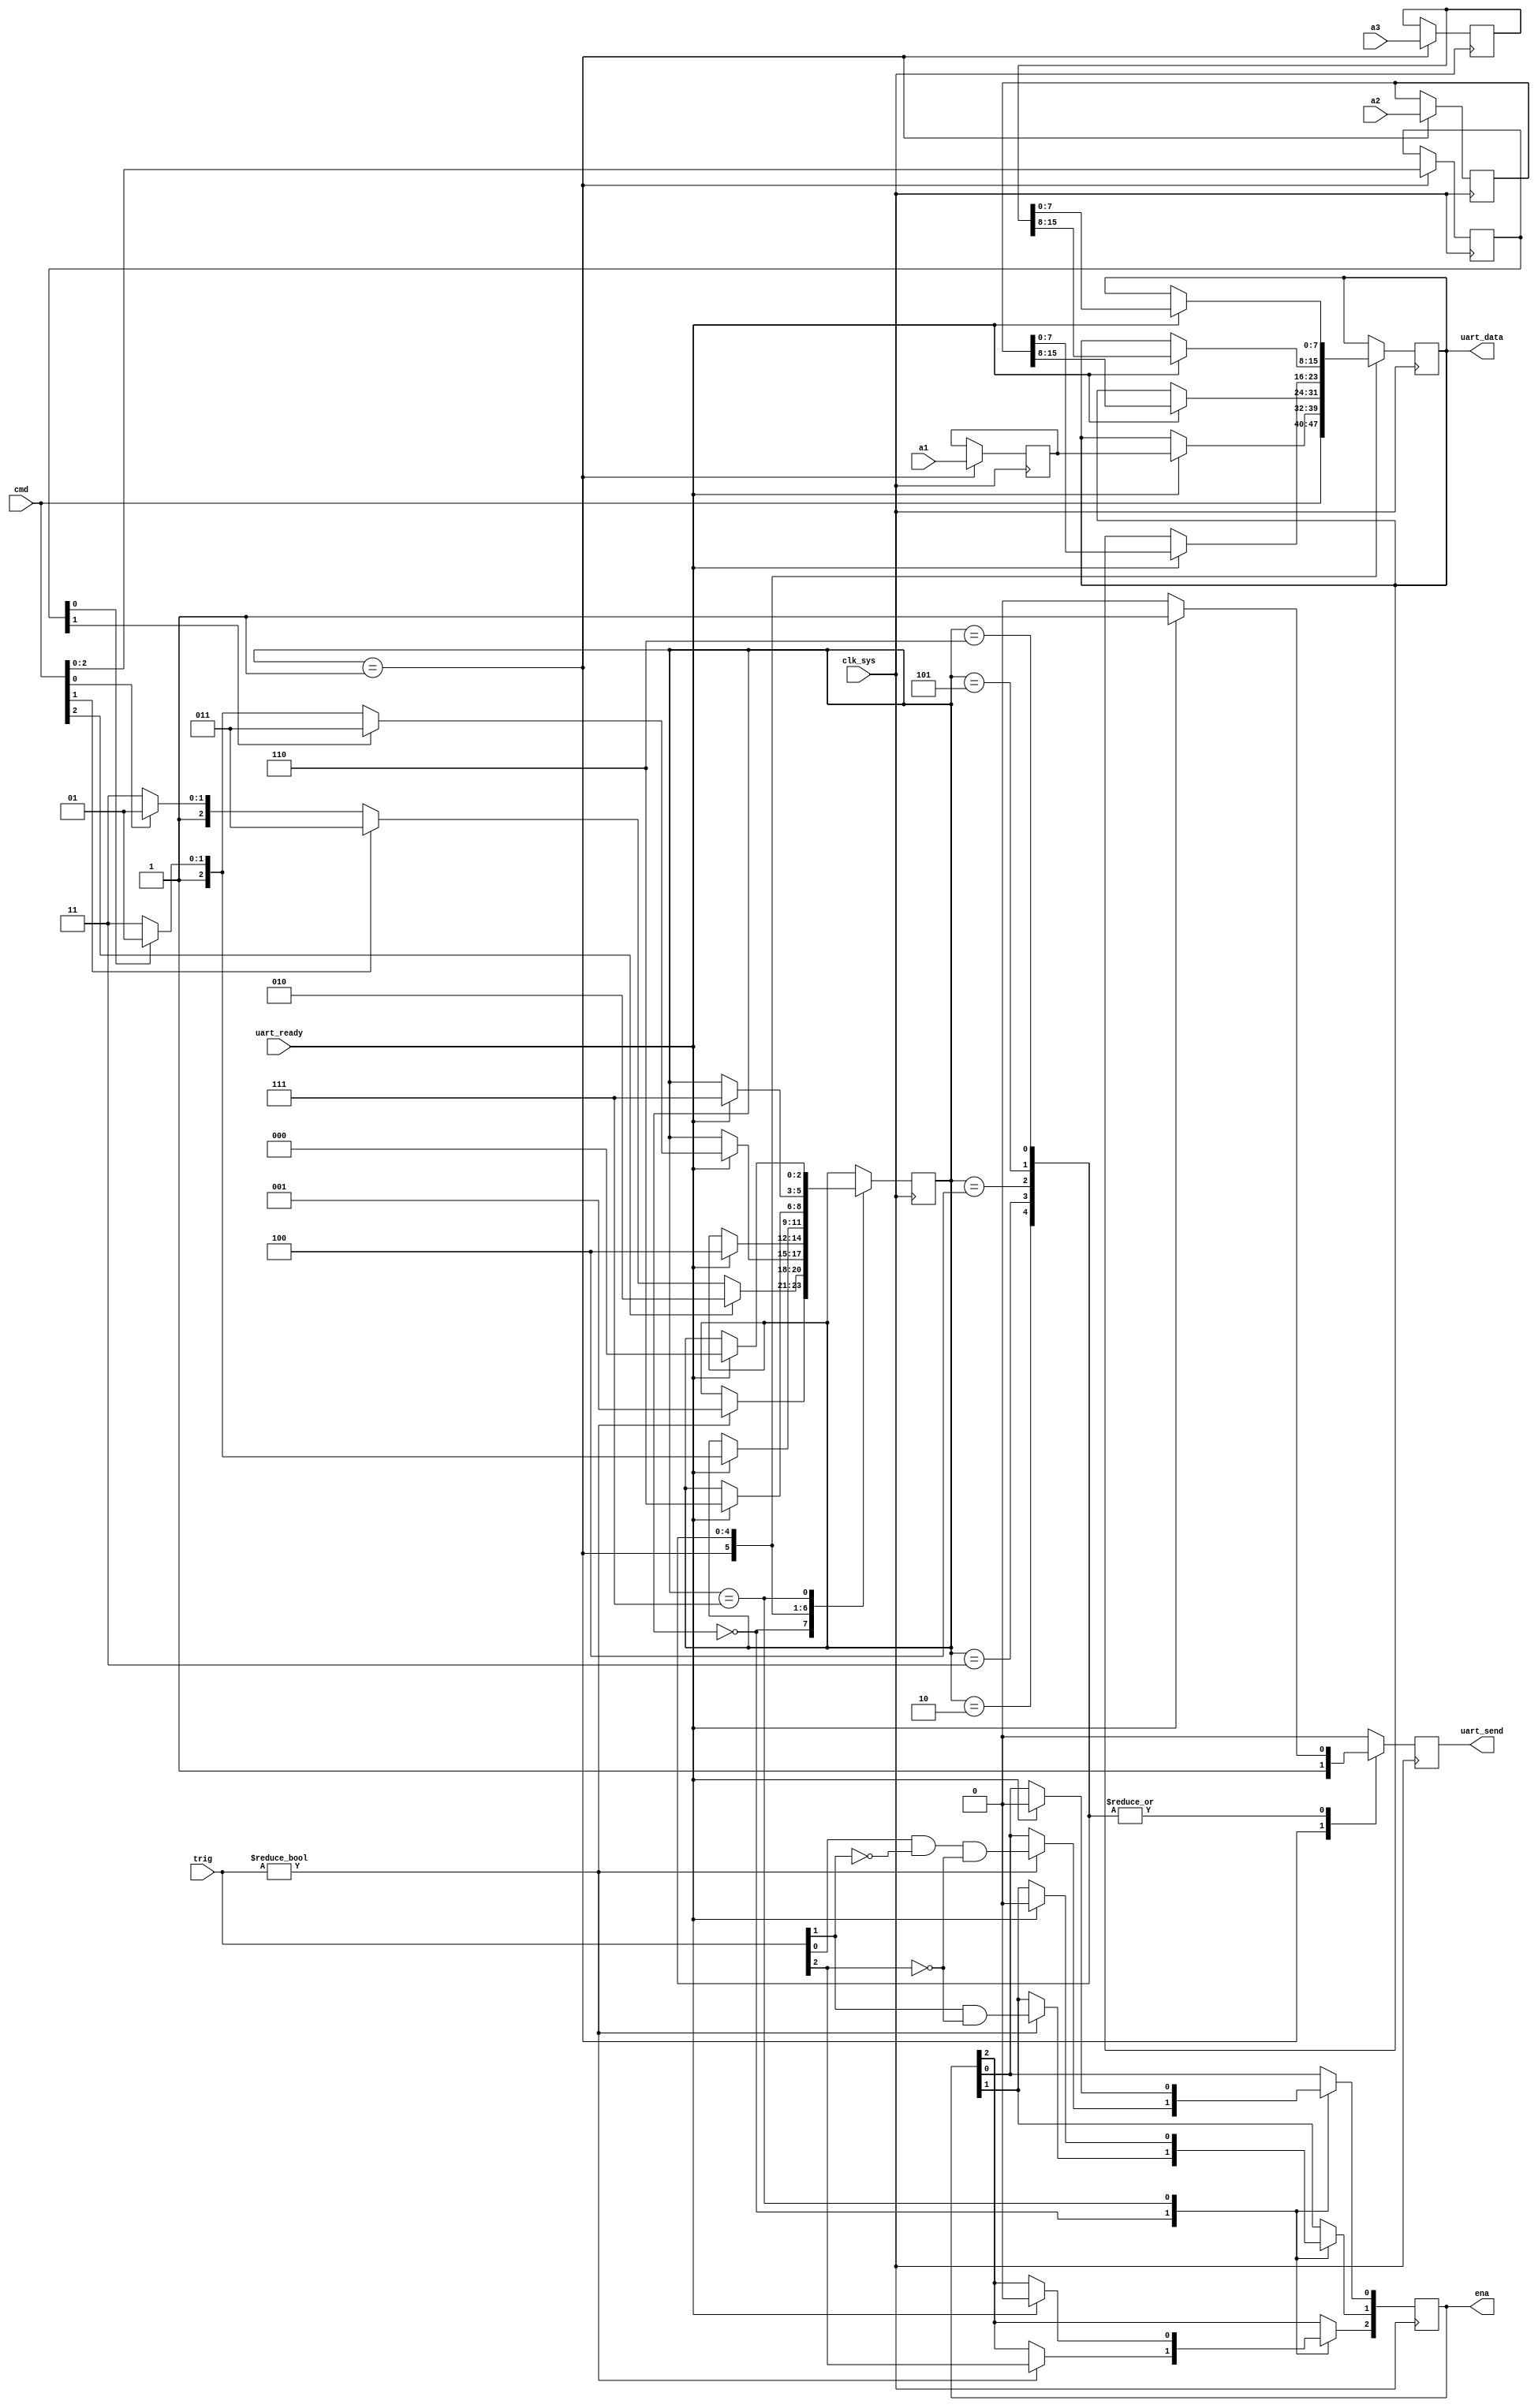
module msg_tx(

	input clk_sys,

	output [0:7] uart_data,
	output uart_send,
	input uart_ready,

	input [0:2] trig,
	output [0:2] ena,

	input [0:7] cmd,
	input [0:7] a1,
	input [0:15] a2,
	input [0:15] a3
);

	// --- Transmission ------------------------------------------------------

	localparam IDLE	= 3'd0;
	localparam LOAD	= 3'd1;
	localparam A1	  = 3'd2;
	localparam A2H	= 3'd3;
	localparam A2L	= 3'd4;
	localparam A3H	= 3'd5;
	localparam A3L	= 3'd6;
	localparam WAIT	= 3'd7;

	reg [0:2] state = IDLE;

	reg [1:3] a;
	reg [0:7] ia1;
	reg [0:15] ia2;
	reg [0:15] ia3;

	always @ (posedge clk_sys) begin

		uart_send <= 0;

		case (state)

			IDLE: begin
				if (trig != 3'b0) begin
					ena[0] <= trig[0];
					ena[1] <= trig[1] & ~trig[0];
					ena[2] <= trig[2] & ~trig[1] & ~trig[0];
					state <= LOAD;
				end
			end

			LOAD: begin
				a <= cmd[5:7];
				ia1 <= a1;
				ia2 <= a2;
				ia3 <= a3;
				uart_data <= cmd;
				uart_send <= 1;
				if (cmd[5]) state <= A1;
				else if (cmd[6]) state <= A2H;
				else if (cmd[7]) state <= A3H;
				else state <= WAIT;
			end

			A1: begin
				if (uart_ready) begin
					uart_data <= ia1;
					uart_send <= 1;
					if (a[2]) state <= A2H;
					else if (a[3]) state <= A3H;
					else state <= WAIT;
				end
			end

			A2H: begin
				if (uart_ready) begin
					uart_data <= ia2[0:7];
					uart_send <= 1;
					state <= A2L;
				end
			end

			A2L: begin
				if (uart_ready) begin
					uart_data <= ia2[8:15];
					uart_send <= 1;
					if (a[3]) state <= A3H;
					else state <= WAIT;
				end
			end

			A3H: begin
				if (uart_ready) begin
					uart_data <= ia3[0:7];
					uart_send <= 1;
					state <= A3L;
				end
			end

			A3L: begin
				if (uart_ready) begin
					uart_data <= ia3[8:15];
					uart_send <= 1;
					state <= WAIT;
				end
			end

			WAIT: begin
				if (uart_ready) begin
					ena <= 3'd0;
					state <= IDLE;
				end
			end

		endcase
	end

endmodule